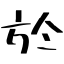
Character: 於